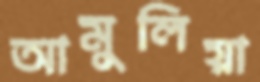
আমুলিয়া